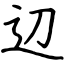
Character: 辺